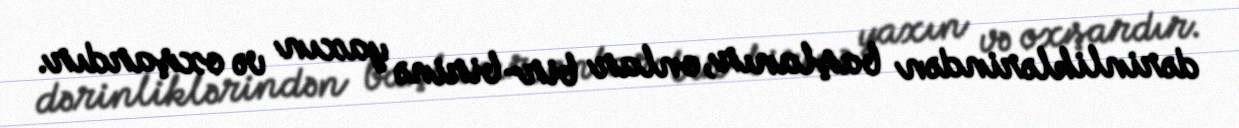
dərinliklərindən başlanır, onlar bir-birinə yaxın və oxşardır.